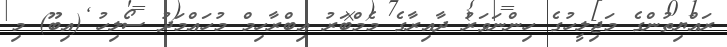
ރައްޔިތުންގެ މަޖިލީހުގެ ހިންނަވަރު ދާއިރާގެ މެމްބަރު އިބްރާހިމް މުހައްމަދު ސޯލިހު (އިބޫ) މި